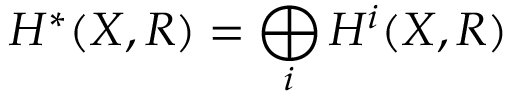
H ^ { * } ( X , R ) = \bigoplus _ { i } H ^ { i } ( X , R )